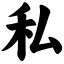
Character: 私